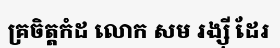
គ្រចិត្តកំដ លោក សម រង្ស៊ី ដែរ